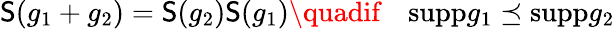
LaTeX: \mathsf{S}(g_{1}+g_{2})=\mathsf{S}(g_{2})\mathsf{S}(g_{1})\quadif\quad\mathrm{{supp}}g_{1}\preceq\mathrm{{supp}}g_{2}